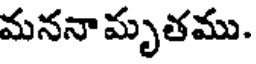
మననా మృతము.